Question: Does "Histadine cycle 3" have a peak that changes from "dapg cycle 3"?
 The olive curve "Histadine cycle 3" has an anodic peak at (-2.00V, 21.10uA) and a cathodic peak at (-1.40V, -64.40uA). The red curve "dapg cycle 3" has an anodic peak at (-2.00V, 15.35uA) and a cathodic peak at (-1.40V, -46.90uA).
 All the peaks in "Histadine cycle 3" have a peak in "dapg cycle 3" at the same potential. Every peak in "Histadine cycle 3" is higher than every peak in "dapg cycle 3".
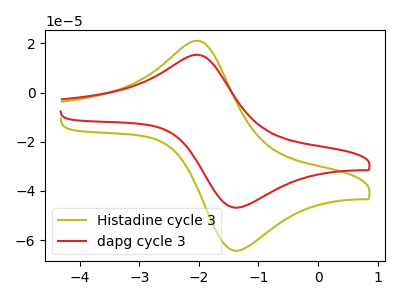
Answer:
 <answer>No, "Histadine cycle 3" and "dapg cycle 3" don't appear to be significantly different in shape</answer>
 <eval>no_change</eval>